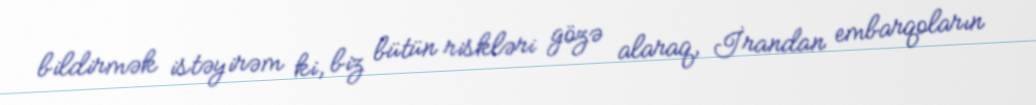
bildirmək istəyirəm ki, biz bütün riskləri gözə alaraq, İrandan embarqoların